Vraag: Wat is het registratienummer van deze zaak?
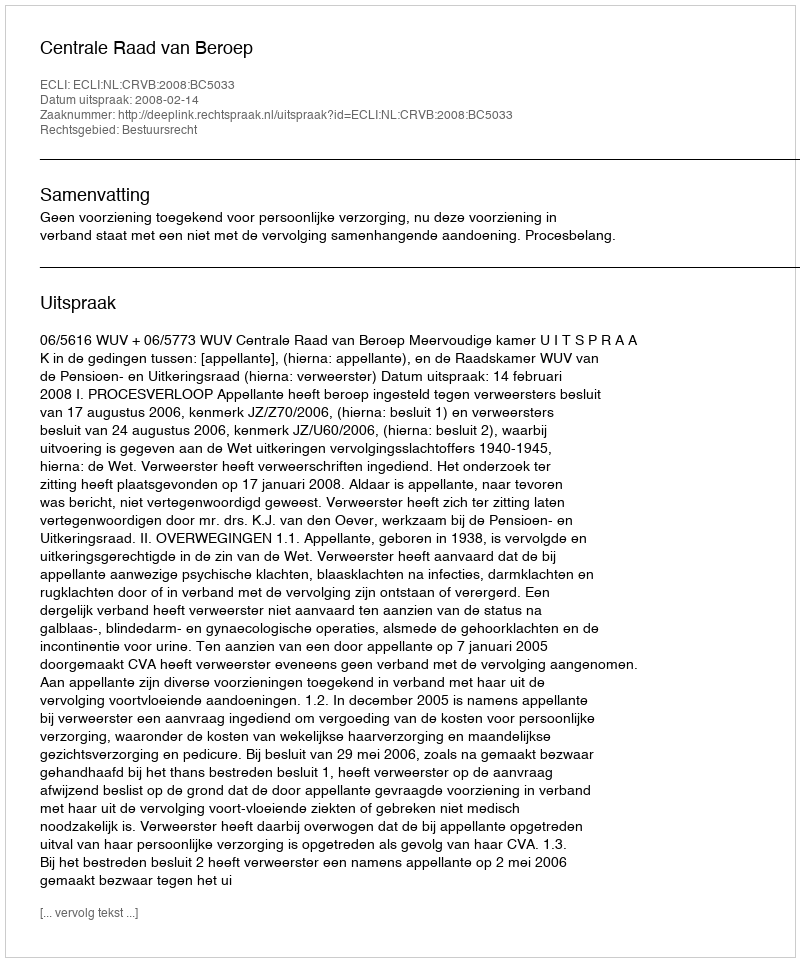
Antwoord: http://deeplink.rechtspraak.nl/uitspraak?id=ECLI:NL:CRVB:2008:BC5033